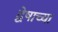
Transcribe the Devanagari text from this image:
द्वेषाच्या